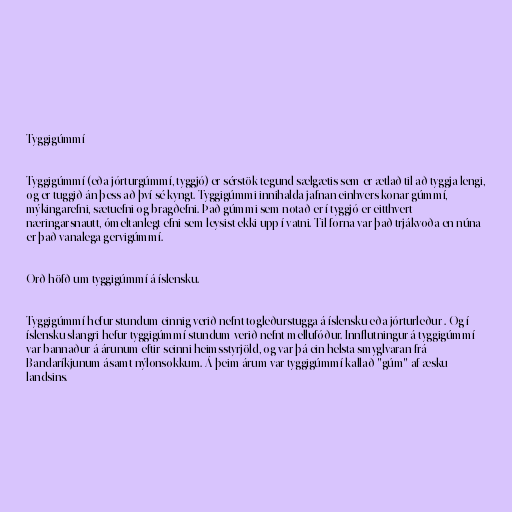
Tyggigúmmí

Tyggigúmmí (eða jórturgúmmí, tyggjó) er sérstök tegund sælgætis sem er ætlað til að tyggja lengi,
og er tuggið án þess að því sé kyngt. Tyggigúmmi innihalda jafnan einhvers konar gúmmí,
mýkingarefni, sætuefni og bragðefni. Það gúmmi sem notað er í tyggjó er eitthvert
næringarsnautt, ómeltanlegt efni sem leysist ekki upp í vatni. Til forna var það trjákvoða en núna
er það vanalega gervigúmmí.

Orð höfð um tyggigúmmí á íslensku.

Tyggigúmmí hefur stundum einnig verið nefnt togleðurstugga á íslensku eða jórturleður . Og í
íslensku slangri hefur tyggigúmmí stundum verið nefnt mellufóður. Innflutningur á tyggigúmmí
var bannaður á árunum eftir seinni heimsstyrjöld, og var þá ein helsta smyglvaran frá
Bandaríkjunum ásamt nýlonsokkum. Á þeim árum var tyggigúmmí kallað "gúm" af æsku
landsins.